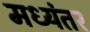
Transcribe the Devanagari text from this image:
मध्‍यंतर